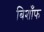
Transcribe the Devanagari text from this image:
बिशाँफ